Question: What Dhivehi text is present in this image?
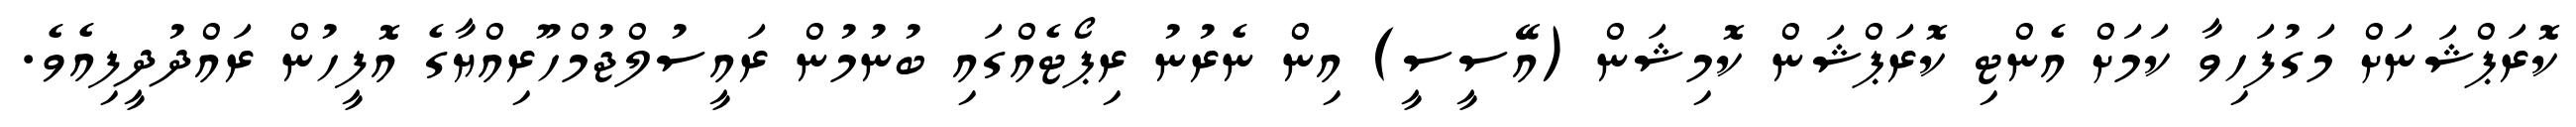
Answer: ކޮރަޕްޝަނަށް މަގުފަހިވާ ކަމަށް އެންޓި ކޮރަޕްޝަން ކޮމިޝަން (އޭސީސީ) އިން ނެރުނު ރިޕޯޓެއްގައި ބުނުމުން ރައީސުލްޖުމްހޫރިއްޔާގެ އޮފީހުން ރައްދުދީފިއެވެ.